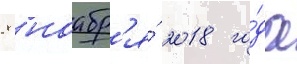
8 ноабр'я́ 2018 го́да